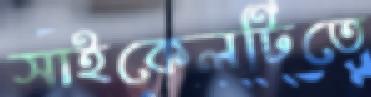
সাইকেলটিতে